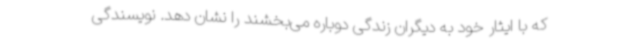
که با ایثار خود به دیگران زندگی دوباره می‌بخشند را نشان دهد. نویسندگی